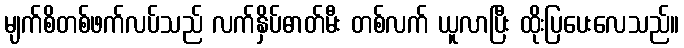
မျက်စိတစ်ဖက်လပ်သည် လက်နှိပ်ဓာတ်မီး တစ်လက် ယူလာပြီး ထိုးပြပေးလေသည်။